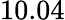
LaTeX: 10.04